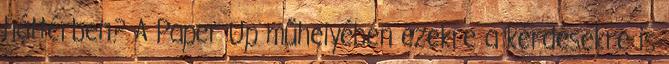
háttérben? A Paper Up műhelyében ezekre a kérdésekre is